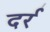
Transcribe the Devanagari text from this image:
दर्र